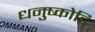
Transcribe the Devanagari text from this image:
धनुष्कोटि